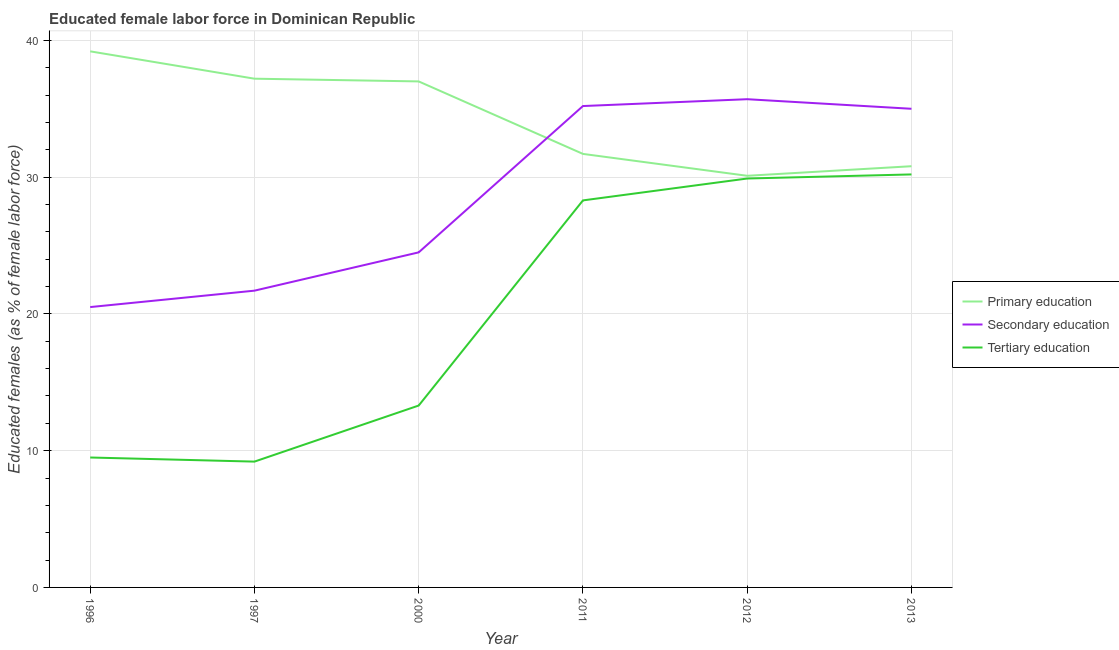
| Year | Primary education | Secondary education | Tertiary education |
 | --- | --- | --- | --- |
 | 1996 | 39.2 | 20.5 | 9.5 |
 | 1997 | 37.2 | 21.7 | 9.2 |
 | 2000 | 37 | 24.5 | 13.3 |
 | 2011 | 31.7 | 35.2 | 28.3 |
 | 2012 | 30.1 | 35.7 | 29.9 |
 | 2013 | 30.8 | 35 | 30.2 |